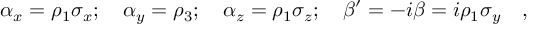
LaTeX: \alpha _ { x } = \rho _ { 1 } \sigma _ { x } ; \quad \alpha _ { y } = \rho _ { 3 } ; \quad \alpha _ { z } = \rho _ { 1 } \sigma _ { z } ; \quad \beta ^ { \prime } = - i \beta = i \rho _ { 1 } \sigma _ { y } \quad ,